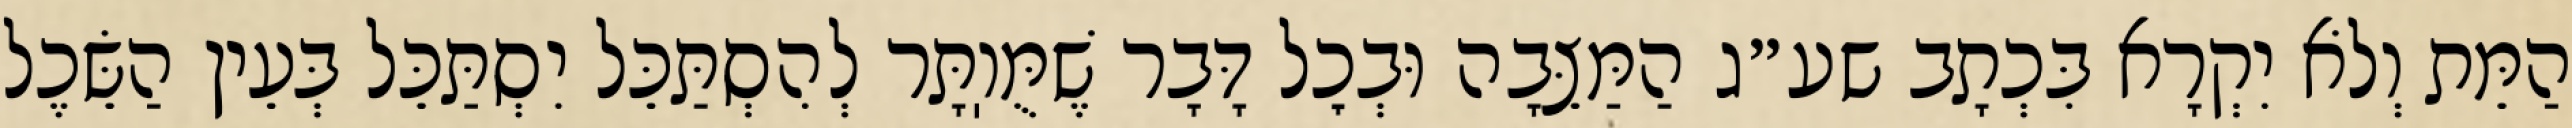
הַמֵּת וְלֹא יִקְרָא בִּכְתָב שע״ג הַמַּצֵּבָה וּבְכׇל דָּבָר שֶׁמֻּוֽתָּר לְהִסְתַּכֵּל יִסְתַּכֵּל בְּעֵין הַשֵּׂכֶל